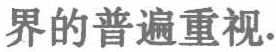
界的普遍重视.